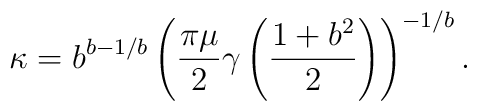
\kappa =b^{b-1/b}\left(\frac{\pi \mu }{2}\gamma \left(\frac{1+b^2}{2}\right) \right)^{-1/b}.